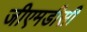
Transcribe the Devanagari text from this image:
जीएमडीसी